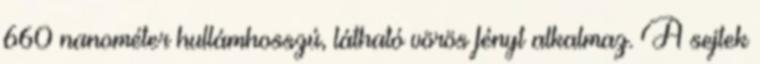
660 nanométer hullámhosszú, látható vörös fényt alkalmaz. A sejtek